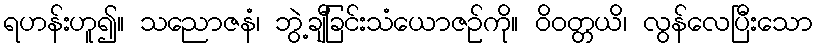
ရဟန်းဟူ၍။ သညောဇနံ၊ ဘွဲ့ချီခြင်းသံယောဇဉ်ကို။ ဝိဝတ္တယိ၊ လွန်လေပြီးသော